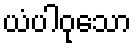
ယံပါဝုသော